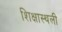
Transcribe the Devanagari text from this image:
शिक्षास्थली